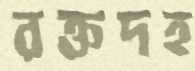
রক্তদহ